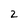
Character: 2